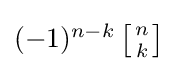
{\textstyle (-1)^{n-k}\left[{n \atop k}\right]}